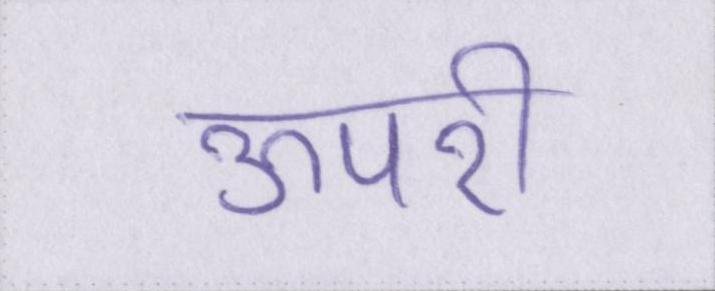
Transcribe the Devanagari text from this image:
ऊपरी